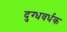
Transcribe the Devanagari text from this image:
दुग्धवर्धक